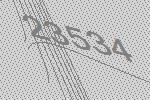
23534